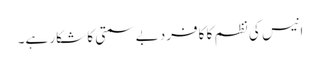
انیس کی نظم کا کافرد بے سمتی کا شکار ہے۔